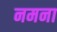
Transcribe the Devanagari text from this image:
नमना